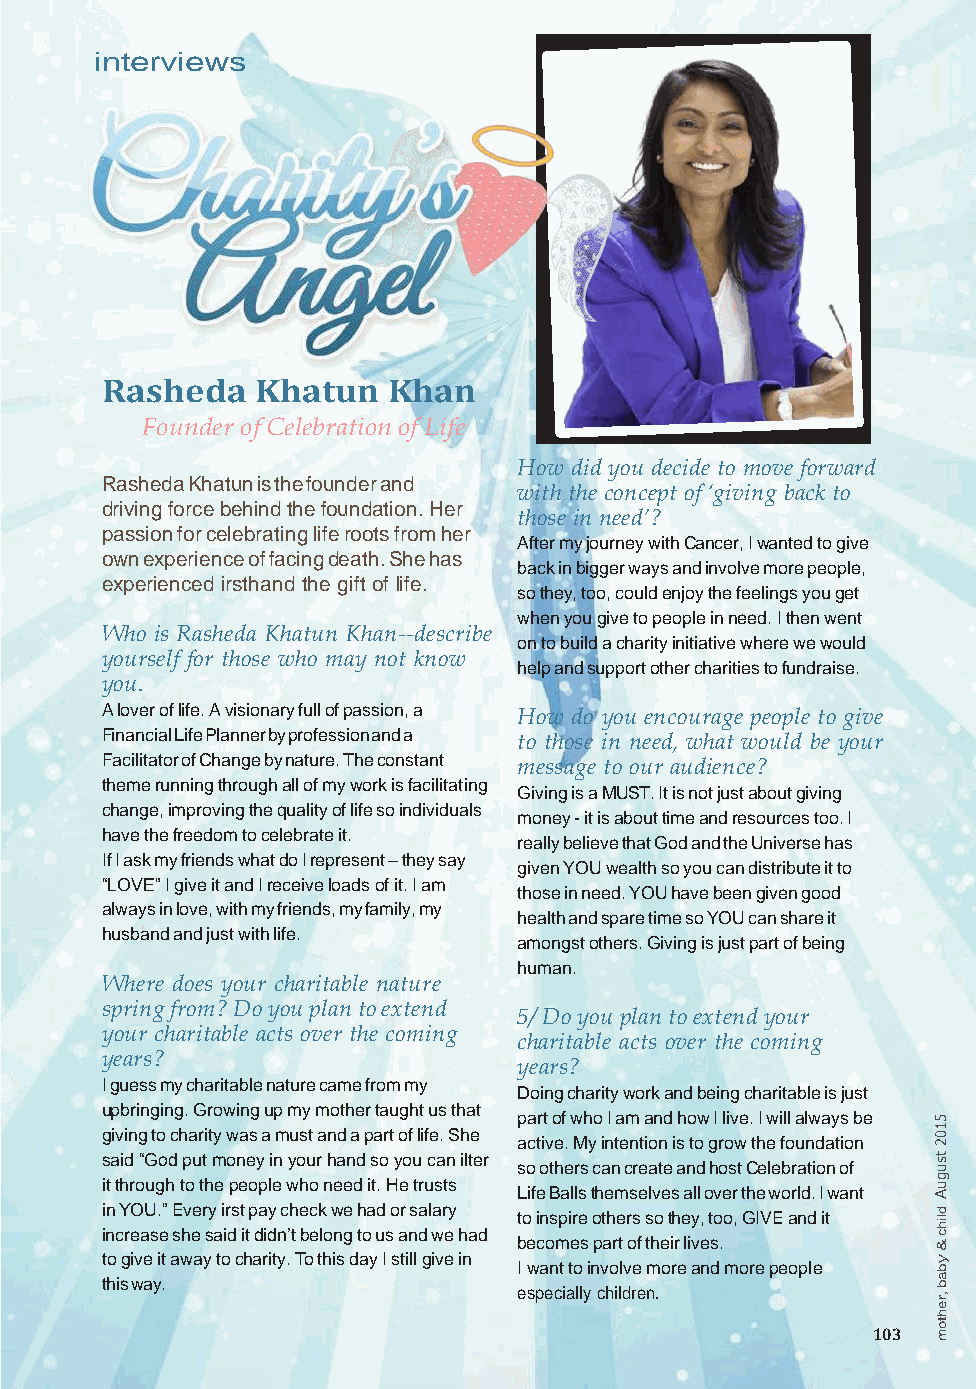
interviews
 Rasheda   Khatun   Khan
 Founder of Celebration of Life
 How did you decide to move forward
 Rasheda Khatun is the founder and
 with the concept of ‘giving back to
 driving force behind the foundation. Her
 those in need’?
 passion for celebrating life roots from her
 After my journey with Cancer, I wanted to give
 own experience of facing death. She has
 back in bigger ways and involve more people,
 experienced irsthand the gift of life.
 so they, too, could enjoy the feelings you get
 when you give to people in need. I then went
 Who is Rasheda Khatun Khan--describe
 on to build a charity initiative where we would
 yourself for those who may not know
 help and support other charities to fundraise.
 you.
 A lover of life. A visionary full of passion, a How do you encourage people to give
 Financial Life Planner by profession and a to those in need, what would be your
 Facilitator of Change by nature. The constant
 message to our audience?
 theme running through all of my work is facilitating
 Giving is a MUST. It is not just about giving
 change, improving the quality of life so individuals
 money - it is about time and resources too. I
 have the freedom to celebrate it.
 really believe that God and the Universe has
 If I ask my friends what do I represent – they say
 given YOU wealth so you can distribute it to
 “LOVE” I give it and I receive loads of it. I am
 those in need. YOU have been given good
 always in love, with my friends, my family, my
 health and spare time so YOU can share it
 husband and just with life.
 amongst others. Giving is just part of being
 human.
 Where does your charitable nature
 spring from? Do you plan to extend
 5/ Do you plan to extend your
 your charitable acts over the coming
 charitable acts over the coming
 years?
 years?
 I guess my charitable nature came from my
 Doing charity work and being charitable is just
 upbringing. Growing up my mother taught us that
 part of who I am and how I live. I will always be 5
 giving to charity was a must and a part of life. She active. My intention is to grow the foundation 1 0 2
 said “God put money in your hand so you can ilter
 so others can create and host Celebration of
 ts
 u
 it through to the people who need it. He trusts Life Balls themselves all over the world. I want g Au
 i inn
 c
 Y reO aU s. e” E shv ee r sy
 a
 i ir ds t
 i
 tp da idy nc ’h
 t
 e bc ek
 lo
 w nge h toa ud
 s
 o ar ns da l war ey
 had
 t bo
 e
 i cn os mpi ere
 s
 o pt ah re
 t
 r os
 f
 s tho
 e
 t ih
 r
 e livy e, t so .o , GIVE and it d lih
 &c
 to give it away to charity. To this day I still give in I want to involve more and more people by
 this way.                  especially children.        ,rea b
 h
 103 o mt